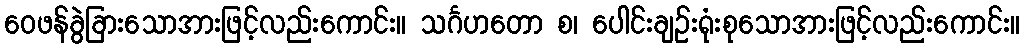
ဝေဖန်ခွဲခြားသောအားဖြင့်လည်းကောင်း။ သင်္ဂဟတော စ၊ ပေါင်းချဉ်းရုံးစုသောအားဖြင့်လည်းကောင်း။